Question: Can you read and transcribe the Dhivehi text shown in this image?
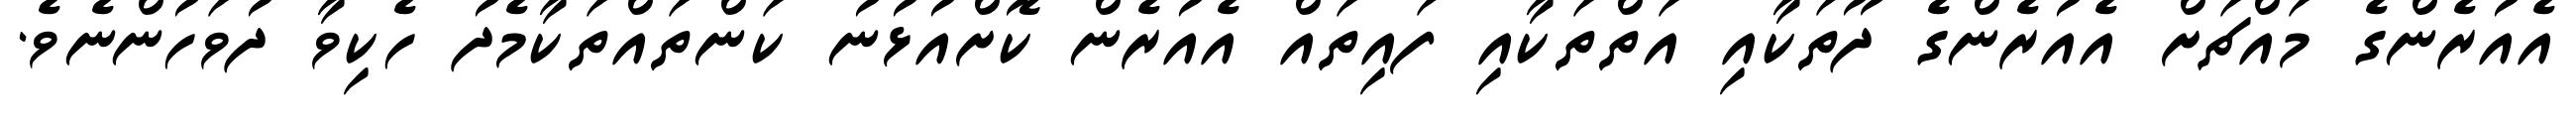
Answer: އެއުރެންގެ މައްޗަށް އެއުރެންގެ ދޫތަކާއި އަތްތަކާއި ފައިތައް އެއުރެން ކޮށްއުޅުނު ކަންތައްތަކާމެދު ހެކިވާ ދުވަހުންނެވެ.